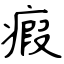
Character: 瘕